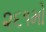
૨૬૧મો